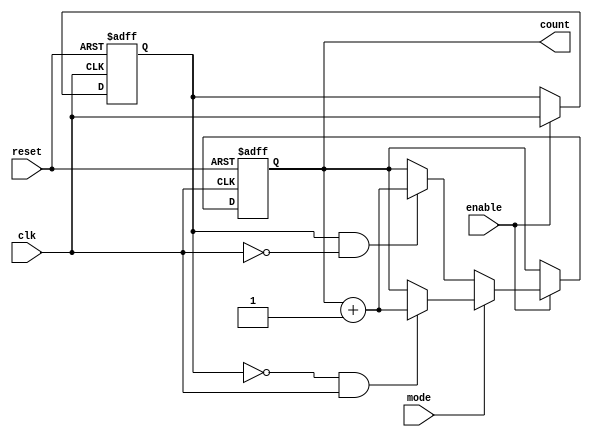
module edge_counter #(
    parameter COUNTER_WIDTH = 8  // Adjust width according to expected count
)(
    input wire clk,               // Clock signal
    input wire enable,            // Enable signal
    input wire reset,             // Asynchronous reset
    input wire mode,              // Mode: 1 for rising edge, 0 for falling edge
    output reg [COUNTER_WIDTH-1:0] count // Count output
);

    reg last_clk; // Register to store the last clock state

    always @(posedge clk or posedge reset) begin
        // Asynchronous reset
        if (reset) begin
            count <= 0;            // Reset count to zero
            last_clk <= 0;         // Initialize last clock state
        end else if (enable) begin
            // Edge detection based on mode
            if (mode) begin
                // Rising edge detection
                if (last_clk == 0 && clk == 1) begin
                    count <= count + 1; // Increment count on rising edge
                end
            end else begin
                // Falling edge detection
                if (last_clk == 1 && clk == 0) begin
                    count <= count + 1; // Increment count on falling edge
                end
            end
            last_clk <= clk; // Store current clock state for the next cycle
        end
    end

endmodule